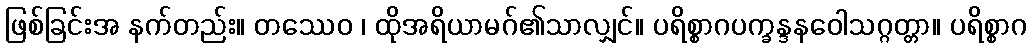
ဖြစ်ခြင်းအ နက်တည်း။ တဿေဝ ၊ ထိုအရိယာမဂ်၏သာလျှင်။ ပရိစ္စာဂပက္ခန္ဒနဝေါသဂ္ဂတ္တာ။ ပရိစ္စာဂ